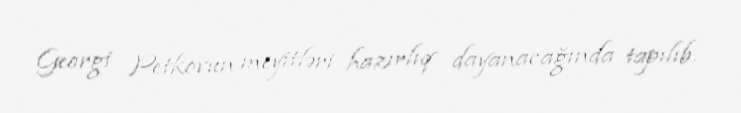
Georgi Petkovun meyitləri hazırlıq dayanacağında tapılıb.